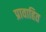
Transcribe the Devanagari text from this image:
प्रावाहित